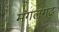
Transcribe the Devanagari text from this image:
मंगलगढ़